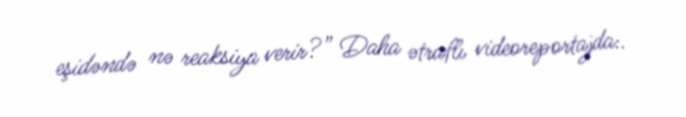
eşidəndə nə reaksiya verir?” Daha ətraflı videoreportajda:.